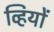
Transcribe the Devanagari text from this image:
व्हियों